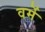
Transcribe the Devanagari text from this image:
वर्मे